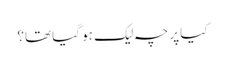
کیا پرچہ لیک ہو گیا تھا؟